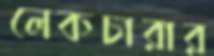
লেকচারার